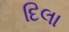
દિલા